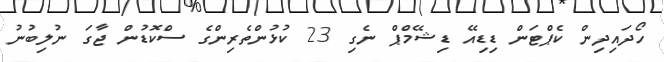
ހޯދައިދިން ކެޕްޓަން ޑިޑިއޭ ޑިޝޭމްޕް ނެގި 23 ކުޅުންތެރިންގެ ސްކޮޑުން ޖާގަ ނުލިބުނު